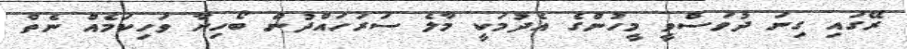
ރޭގައި ގިނަ ދުވަސްވީ މީހުންގެ އެދުމަކީ މާލެ ސަރަހައްދުން ބޯހިޔާ ވަހިކަމެއް ނެތް